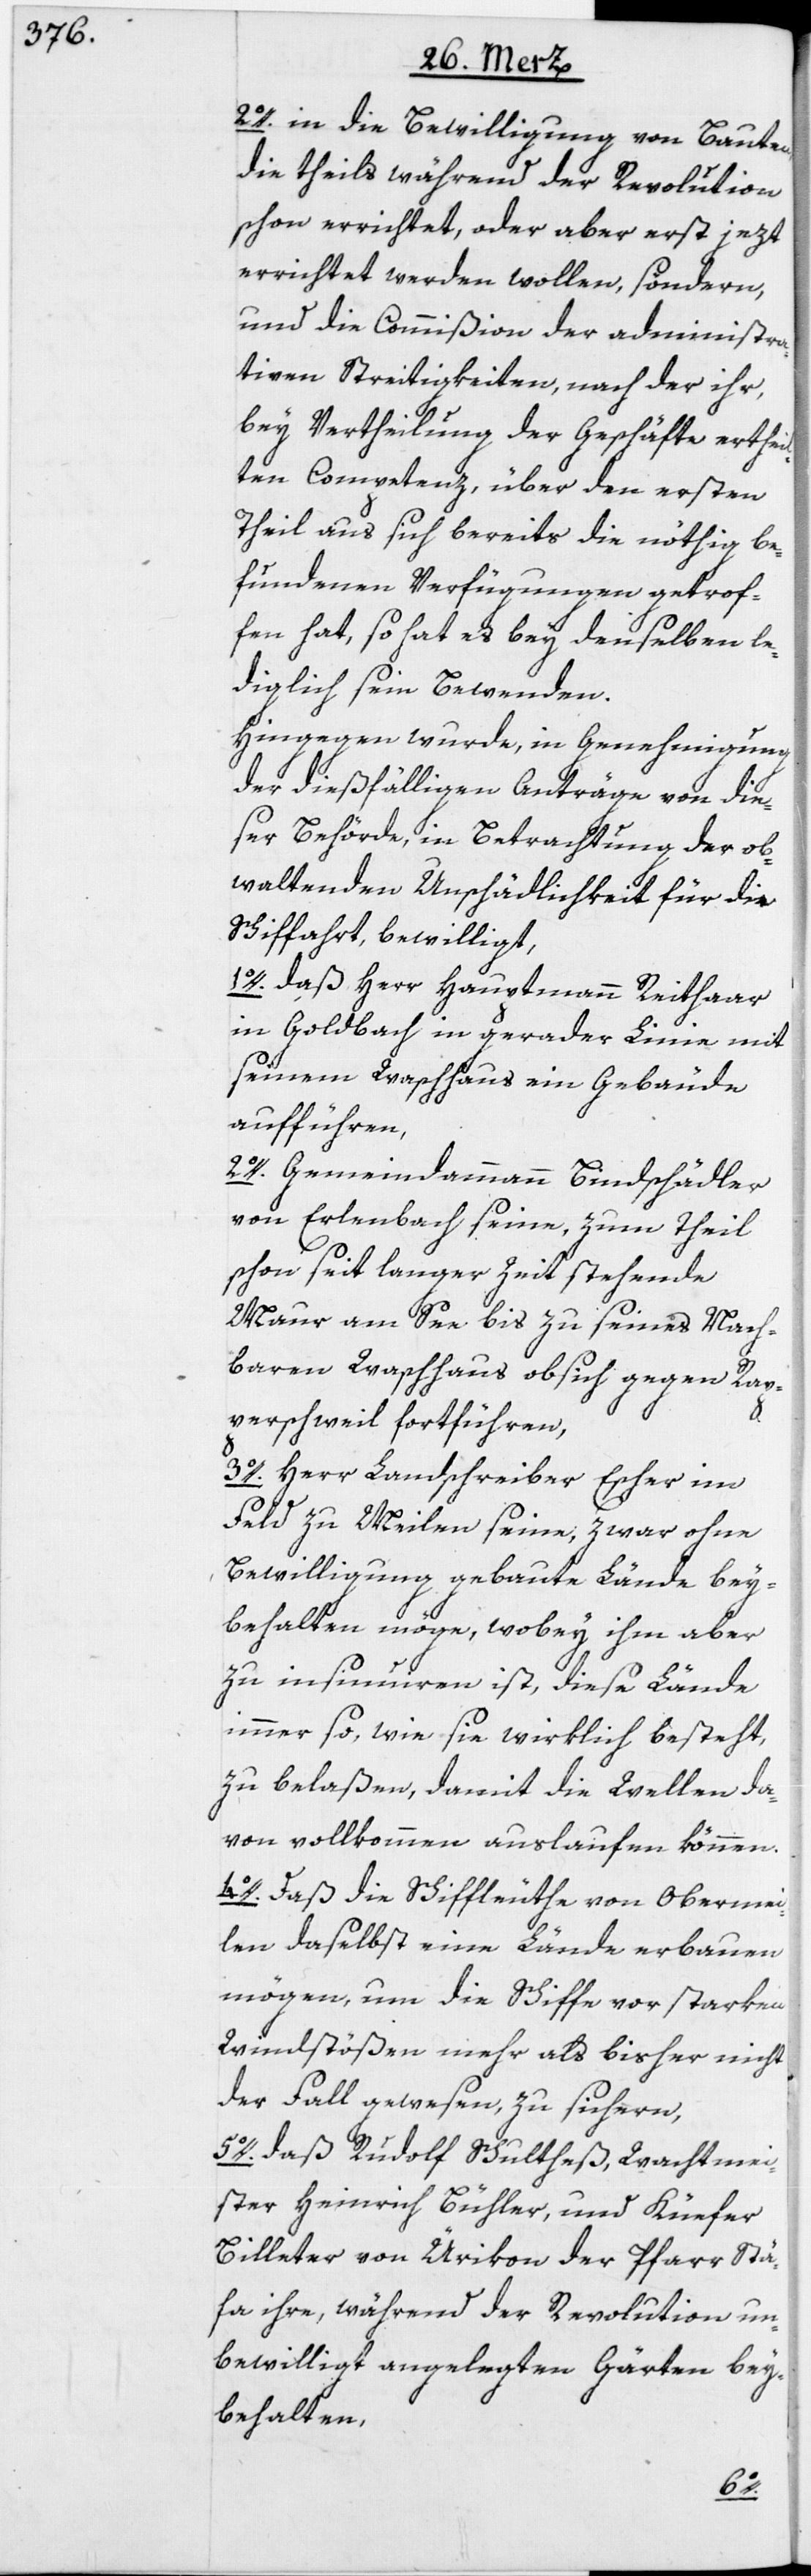
2o. in die Bewilligung von Bauten,
die theils während der Revolution
schon errichtet, oder aber erst jezt
errichtet werden wollen, söndern,
und die Commißion der administra¬
tiven Streitigkeiten, nach der ihr,
bey Vertheilung der Geschäfte ertheil¬
ten Competenz, über den ersten
Theil aus sich bereits die nöthig be¬
fundenen Verfügungen getrof¬
fen hat, so hat es bey denselben le¬
diglich sein Bewenden.
Hingegen wurde, in Genehmigung
der dießfälligen Anträge von die¬
ser Behörde, in Betrachtung der ob¬
waltenden Unschädlichkeit für die
Schiffahrt, bewilligt,
1o. daß Herr Hauptmann Reithaar
in Goldbach in gerader Linie mit
seinem Waschhaus ein Gebäude
aufführen,
2o. Gemeindeammann Bindschädler
von Erlenbach seine, zum Theil
schon seit langer Zeit stehende
Maur am See bis zu seines Nach¬
baren Waschhaus obsich gegen Rap¬
perschweil fortführen,
3o. Herr Landschreiber Escher im
Feld zu Meilen seine, zwar ohne
Bewilligung gebaute Lände bey¬
behalten möge, wobey ihm aber
zu insinuiren ist, diese Lände
immer so, wie sie wirklich besteht,
zu belaßen, damit die Wellen da¬
von vollkommen auslaufen können.
4o. Daß die Schiffleuthe von Obermei¬
len daselbst eine Lände erbauen
mögen, um die Schiffe vor starken
Windstößen mehr als bisher nicht
der Fall gewesen, zu sichern,
5o. daß Rudolf Schultheß, Wachtmei¬
ster Heinrich Bühler, und Küefer
Billeter von Ürikon der Pfarr Stä¬
fa ihre, während der Revolution un¬
bewilligt angelegten Gärten bey¬
behalten,